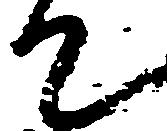
て